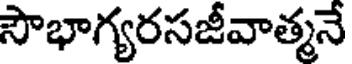
సౌభాగ్యరసజీవాత్మనే